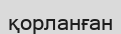
қорланған